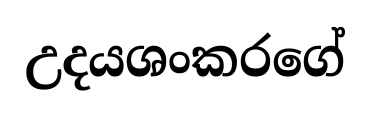
උදයශංකරගේ